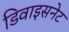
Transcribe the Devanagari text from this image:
डिवाइसनेट